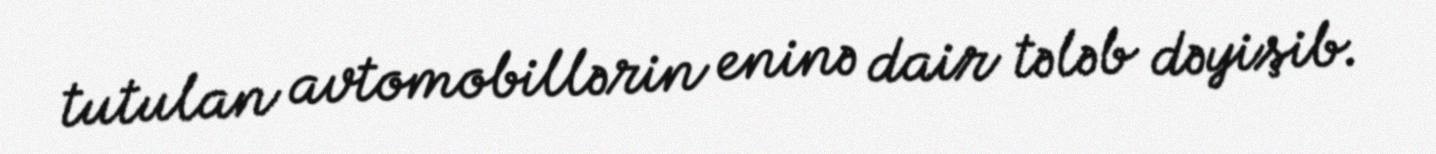
tutulan avtomobillərin eninə dair tələb dəyişib.